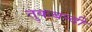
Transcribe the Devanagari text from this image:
तुकबन्दी